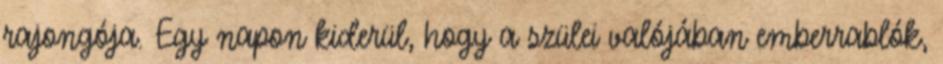
rajongója. Egy napon kiderül, hogy a szülei valójában emberrablók,